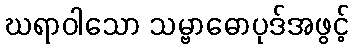
ဃရာဝါသော သမ္ဗာဓောပုဒ်အဖွင့်